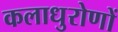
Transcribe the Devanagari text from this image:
कलाधुरोणों